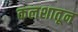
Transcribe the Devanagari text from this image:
कलशातून